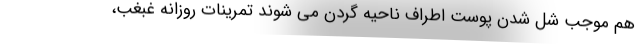
هم موجب شل شدن پوست اطراف ناحیه گردن می شوند تمرینات روزانه غبغب،